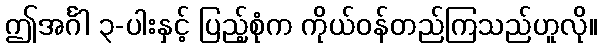
ဤအင်္ဂါ ၃-ပါးနှင့် ပြည့်စုံက ကိုယ်ဝန်တည်ကြသည်ဟူလို။